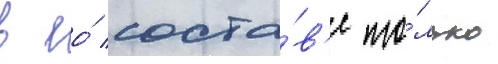
в ео́ соста́в'е то́лько